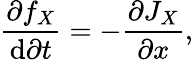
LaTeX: \frac{\partial f_{X}}{\mathrm{d}\partial t}=-\frac{\partial J_{X}}{\partial x},